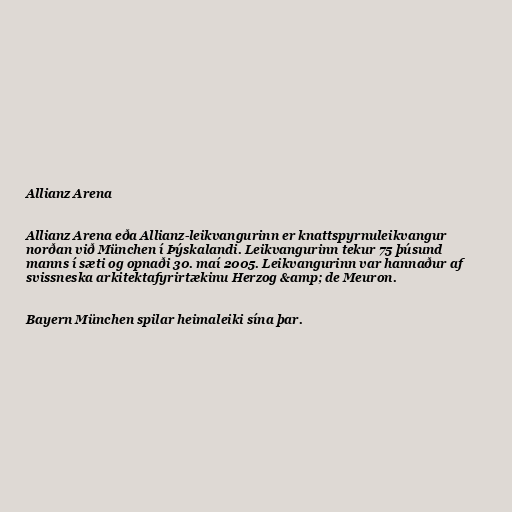
Allianz Arena

Allianz Arena eða Allianz-leikvangurinn er knattspyrnuleikvangur
norðan við München í Þýskalandi. Leikvangurinn tekur 75 þúsund
manns í sæti og opnaði 30. maí 2005. Leikvangurinn var hannaður af
svissneska arkitektafyrirtækinu Herzog &amp; de Meuron.

Bayern München spilar heimaleiki sína þar.